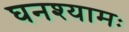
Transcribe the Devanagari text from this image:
घनश्यामः